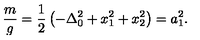
\frac { m } { g } = \frac { 1 } { 2 } \left( - \Delta _ { 0 } ^ { 2 } + x _ { 1 } ^ { 2 } + x _ { 2 } ^ { 2 } \right) = a _ { 1 } ^ { 2 } .